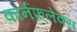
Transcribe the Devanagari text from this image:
कॉर्नफ़्लेक्स